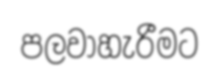
පලවාහැරීමට